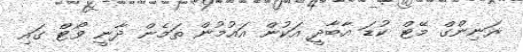
ރަނިންގް މޭޓް ކުޑަ އާބާދީ އަކުން އައުމުން ތަމެން ދާނީ ވޯޓް ގައި